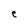
Character: e